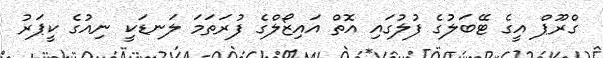
ގްރޫޕް އީގެ ޓޭބަލުގެ ފުލުގައި އޮތް އައިޒޯލްގެ ފުރަތަމަ ލަނޑަކީ ނިއުގެ ކީޕަރު